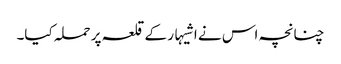
چنانچہ اس نے اشیہار کے قلعہ پر حملہ کیا۔